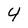
Character: 4